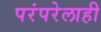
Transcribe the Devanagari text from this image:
परंपरेलाही